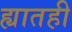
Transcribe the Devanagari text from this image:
ह्यातही